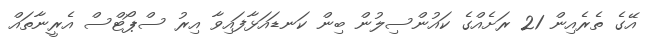
އޭގެ ތެރެއިން 21 ރަށެއްގެ ކައުންސިލުން ބިން ކަނޑައަޅާފައިވާ އިރު ސްޕޯޓްސް އެރީނާތައް